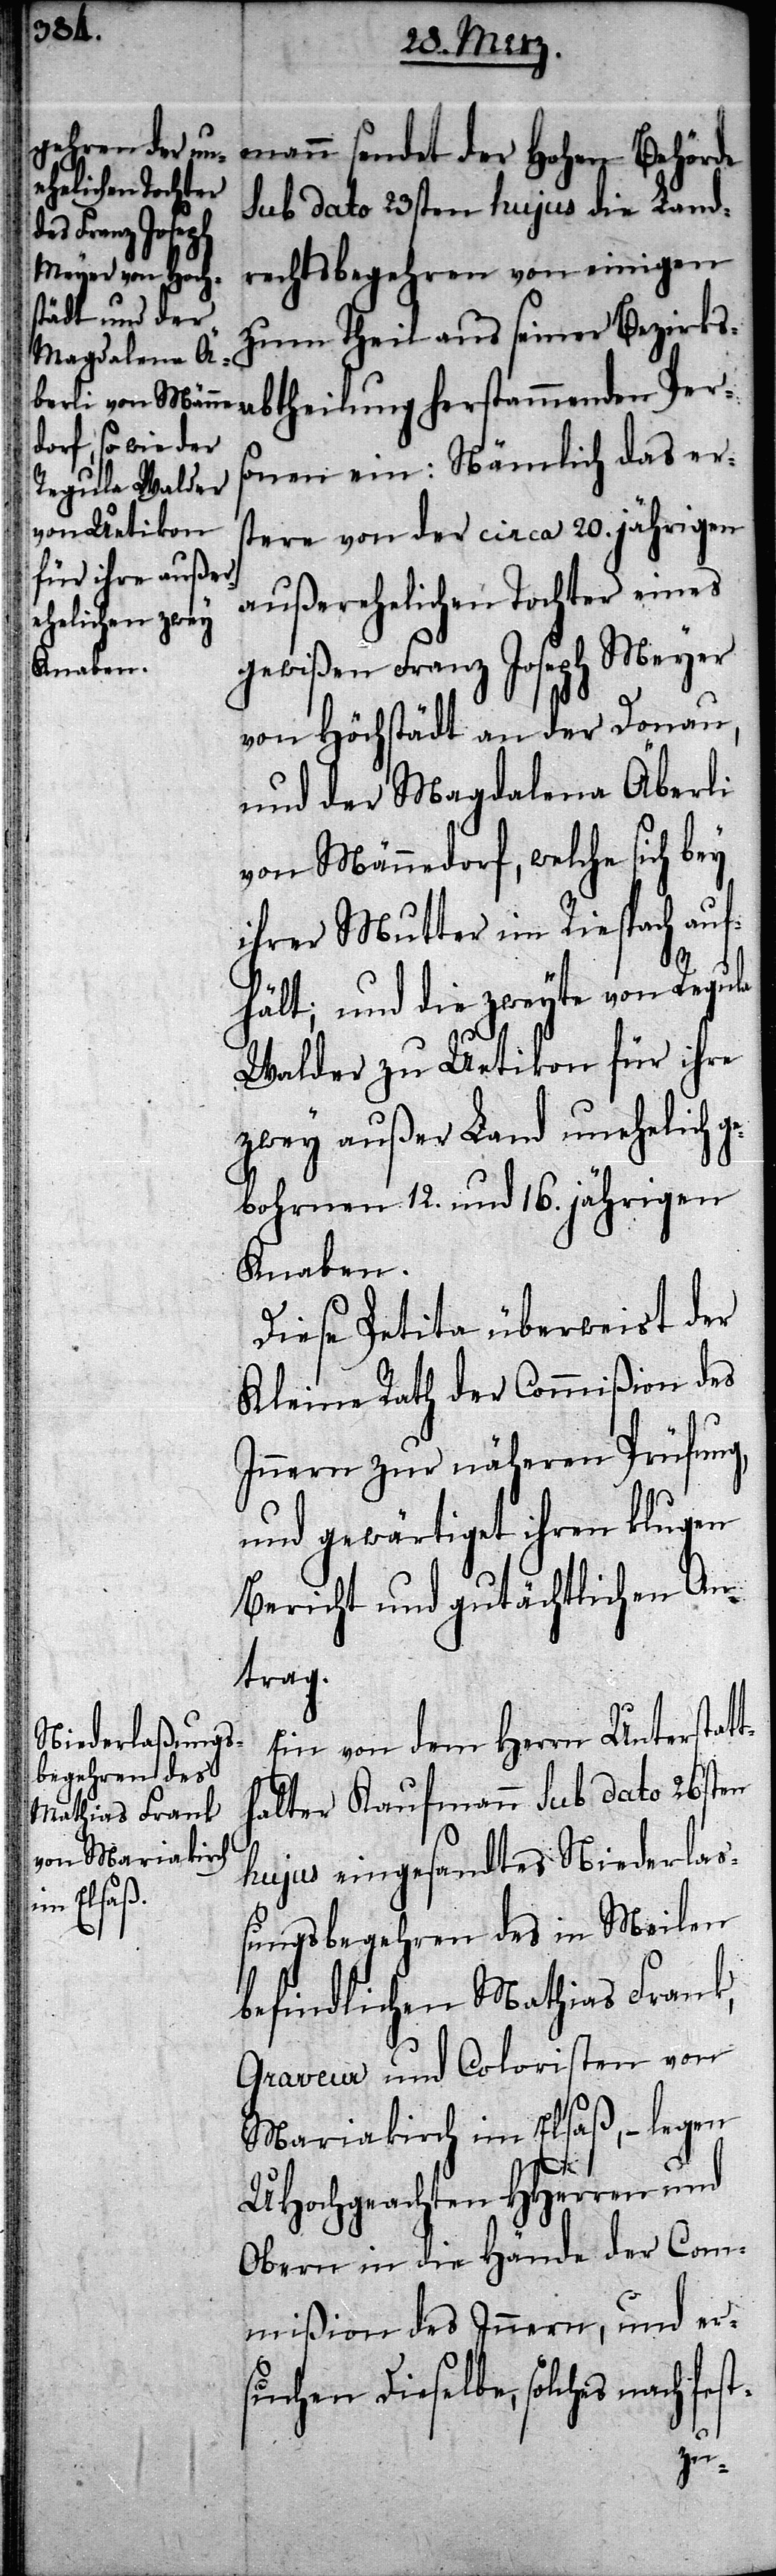
mann sendet der hohen Behörde
sub dato 23sten hujus die Land¬
rechtsbegehren von einigen
zum Theil aus seiner Bezirks¬
abtheilung herstammenden Pers¬
onen ein: Nämlich das er¬
stere von der circa 20. jährigen
außerehelichen Tochter eines
gewißen Franz Joseph Meyer
von Höchstädt an der Donau,
und der Magdalena Äberli
von Männedorf, welche sich bey
ihrer Mutter im Riespach auf¬
hält; und die zweyte von Regula
Walder zu Uetikon für ihre
zwey außer Land unehelich g¬
ebohrnen 12. und 16. jährigen
Knaben.
Diese Petita überweist der
Kleine Rath der Commißion des
Innern zur näheren Prüfung,
und gewärtiget ihren klugen
Bericht und gutächtlichen An¬
trag.
Ein von dem Herrn Unterstat¬
thalter Kaufmann sub dato 26sten
hujus eingesandtes Niederla¬
ßungsbegehren des in Meilen
befindlichen Mathias Frank,
Graveur und Coloristen von
Mariakirch im Elsaß, – legen
UHochgeachten HHerren und
Obern in die Hände der Com¬
mißion des Innern, und er¬
suchen Dieselbe, solches nach fes¬
t-